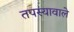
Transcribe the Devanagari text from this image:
तपस्यावाले